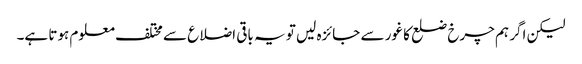
لیکن اگر ہم چرخ ضلع کا غور سے جائزہ لیں تو یہ باقی اضلاع سے مختلف معلوم ہوتا ہے۔